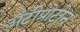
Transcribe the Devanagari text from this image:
अँटीप्रोटोन